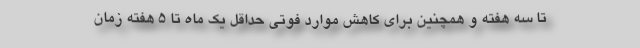
تا سه هفته و همچنین برای کاهش موارد فوتی حداقل یک ماه تا ۵ هفته زمان